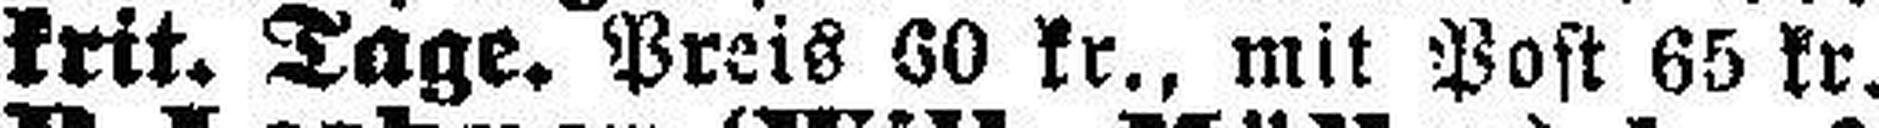
krit. Tage. Preis 60 kr., mit Post 65 kr.